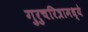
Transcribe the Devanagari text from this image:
गुरुचरित्रामध्ये